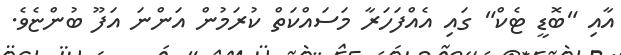
އާއި "ބޮޑީ ޓެކް" ގައި އެއްފަހަރާ މަސައްކަތް ކުރަމުން އަންނަ އަފޫ ބުންޏެވެ.